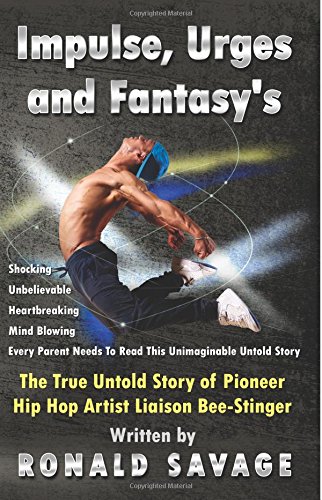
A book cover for Impulse, Urges and Fantasy's; Ronald Savage; Health, Fitness & Dieting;